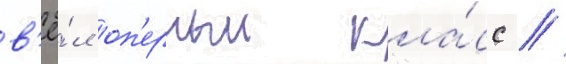
в'ё́л оп'ерныи кла́сс //